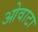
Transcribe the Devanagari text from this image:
ओवाटा